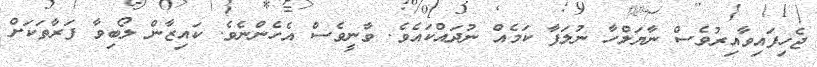
ޖެހިފައިވާއިރުވެސް ނާޔަލްހާ ނުލަފާ ކަމެއް ނުދައްކައެވެ. ވާނީވެސް އެހެންނެވެ. ކައިޒާން ލޯބިވާ ފަރާތަކަށް